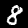
Digit: 8